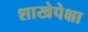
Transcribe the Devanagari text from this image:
शाखेपेक्षा